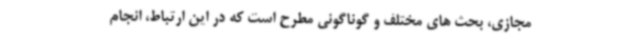
مجازی، بحث های مختلف و گوناگونی مطرح است که در این ارتباط، انجام